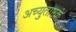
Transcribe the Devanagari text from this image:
अच्युताष्टकं